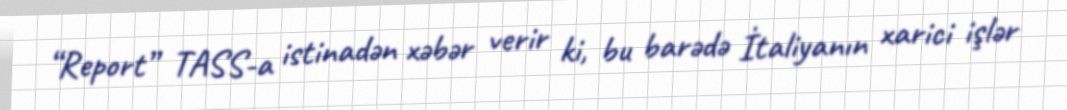
“Report” TASS-a istinadən xəbər verir ki, bu barədə İtaliyanın xarici işlər